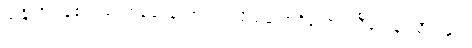
သန္တိ၊ ရှိကုန်၏။ ယထာရူပေန၊ အကြင်သို့သဘောရှိသော။ သီလေန၊ သီလနှင့်။